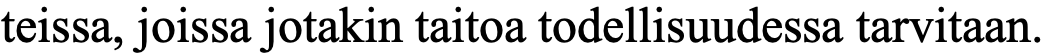
teissa, joissa jotakin taitoa todellisuudessa tarvitaan.